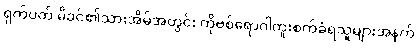
ရှက်ပတ် မိခင်၏သားအိမ်အတွင်း ကိုဗစ်ရောဂါကူးစက်ခံရသူများအနက်